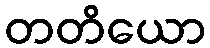
တတိယော